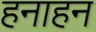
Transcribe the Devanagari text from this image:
हनाहन